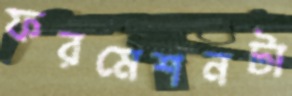
ফরমেশনটা